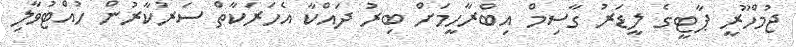
ޖުމްހޫރީ ޕާޓީގެ ލީޑަރު ގާސިމް އިބްރާހީމަށް ބިރު ދައްކާ އެހަރަކާތް ސަރުކާރުން ހުއްޓުވާލި